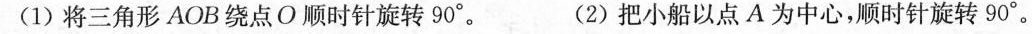
(1)将三角形AOB绕点O顺时针旋转90°。 (2)把小船以点A为中心，顺时针旋转90°。